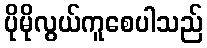
ပိုမိုလွယ်ကူစေပါသည်